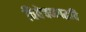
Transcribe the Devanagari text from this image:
विवेचनपद्धति